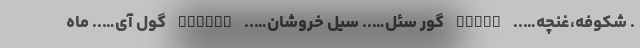
. شکوفه،غنچه….. FIDAN گور سئل….. سیل خروشان….. GURSEL گول آی….. ماه